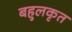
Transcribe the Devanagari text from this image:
बहुलकृत